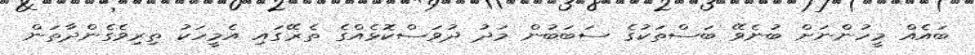
ބައެއް މީހުންނަށް ބުނެވޭ ބަސްތަކުގެ ސަބަބުން މަދު ދުވަސްކޮޅެއްގެ ތެޜޭގައި އެމީހަކު ތިރިވެގެންދާތަން